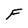
Character: F